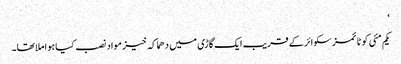
‘
یکم مئی کو ٹائمزسکوائر کے قریب ایک گاڑی میں دھماکہ خیز مواد نصب کیا ہوا ملا تھا۔